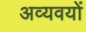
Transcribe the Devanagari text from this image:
अव्यवयों